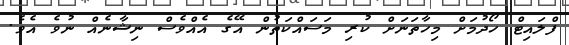
ފްލައިޓް ހޯދުމަށް މިހާތަނަށް ކުރި މަސައްކަތުން އޭގެ އެއްވެސް ނިޝާނެއް ނުވެ އެވެ.